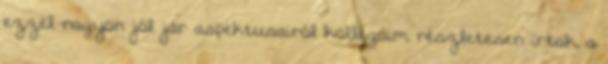
ezzel nagyon jól jár aspektusairól kollégáim részletesen írtak, a